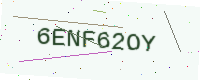
Text: 6ENF62OY